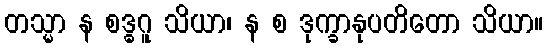
တသ္မာ န စဒ္ဓဂူ သိယာ၊ န စ ဒုက္ခာနုပတိတော သိယာ။